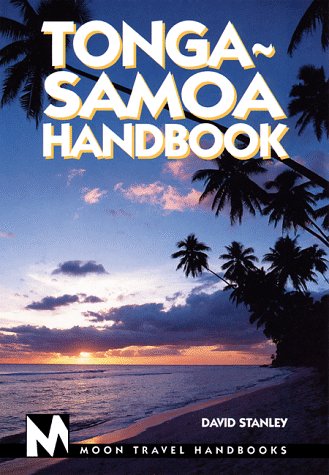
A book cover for Moon Handbooks Tonga-Samoa; David Stanley; Travel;